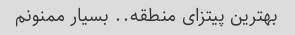
بهترین پیتزای منطقه.. بسیار ممنونم